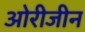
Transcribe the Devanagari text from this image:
ओरीजीन